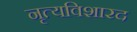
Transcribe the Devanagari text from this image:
नृत्यविशारद